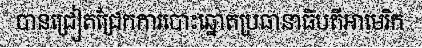
បានជ្រៀតជ្រែកការបោះឆ្នោតប្រធានាធិបតីអាមេរិក